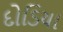
દોડિયા